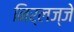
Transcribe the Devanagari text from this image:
निर्लज्जे